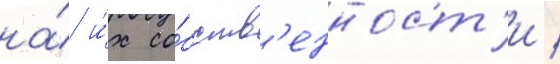
на́ и́х со́бств'енност'и /